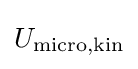
U_{\text{micro,kin}}